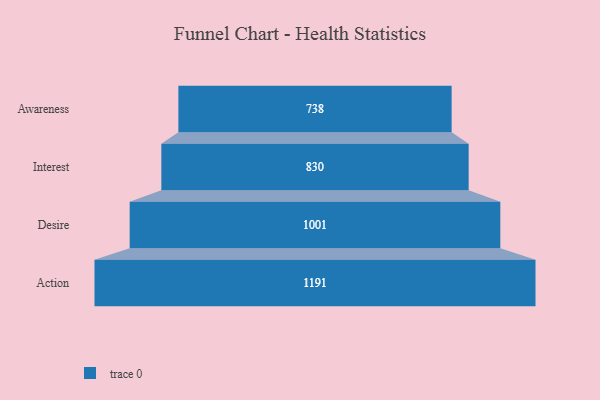
{"axis": {"x": "Stage", "y": "Value"}, "legend": [""], "data": [{"x": "Awareness", "y": 738.0, "type": ""}, {"x": "Interest", "y": 830.0, "type": ""}, {"x": "Desire", "y": 1001.0, "type": ""}, {"x": "Action", "y": 1191.0, "type": ""}]}